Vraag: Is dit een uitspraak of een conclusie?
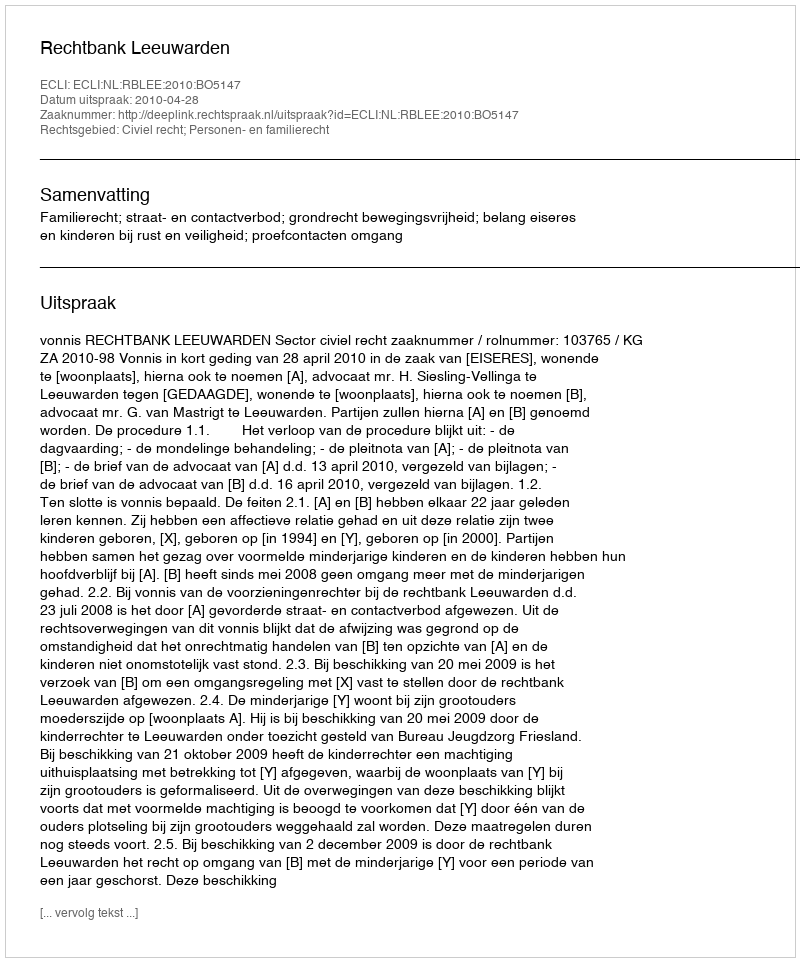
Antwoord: Uitspraak